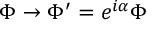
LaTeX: \Phi \rightarrow \Phi ^ { \prime } = e ^ { i \alpha } \Phi